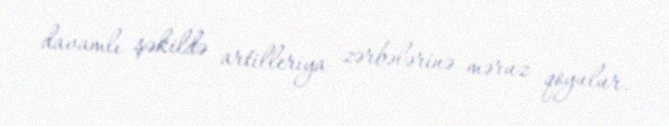
davamlı şəkildə artilleriya zərbələrinə məruz qoyulur.